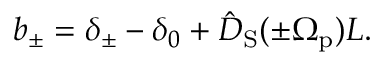
b _ { \pm } = \delta _ { \pm } - \delta _ { 0 } + \hat { D } _ { \mathrm { S } } ( \pm \Omega _ { \mathrm { p } } ) L .